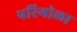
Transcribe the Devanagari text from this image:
परिगोला